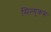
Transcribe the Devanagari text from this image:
सिल्युकस